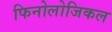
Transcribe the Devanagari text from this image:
फिनोलोजिकल